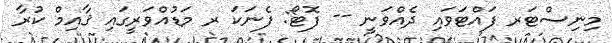
މިނިސްޓަރ ފައްޓަވައި ދެއްވަނީ -- ފޮޓޯ: ފެނަކަ ރ މަޑުއްވަރީގައި ޤާއިމް ކުރާ